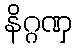
နိဂ္ဂဏှ